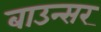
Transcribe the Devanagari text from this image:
बाउन्सर